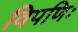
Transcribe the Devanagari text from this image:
विपणिः